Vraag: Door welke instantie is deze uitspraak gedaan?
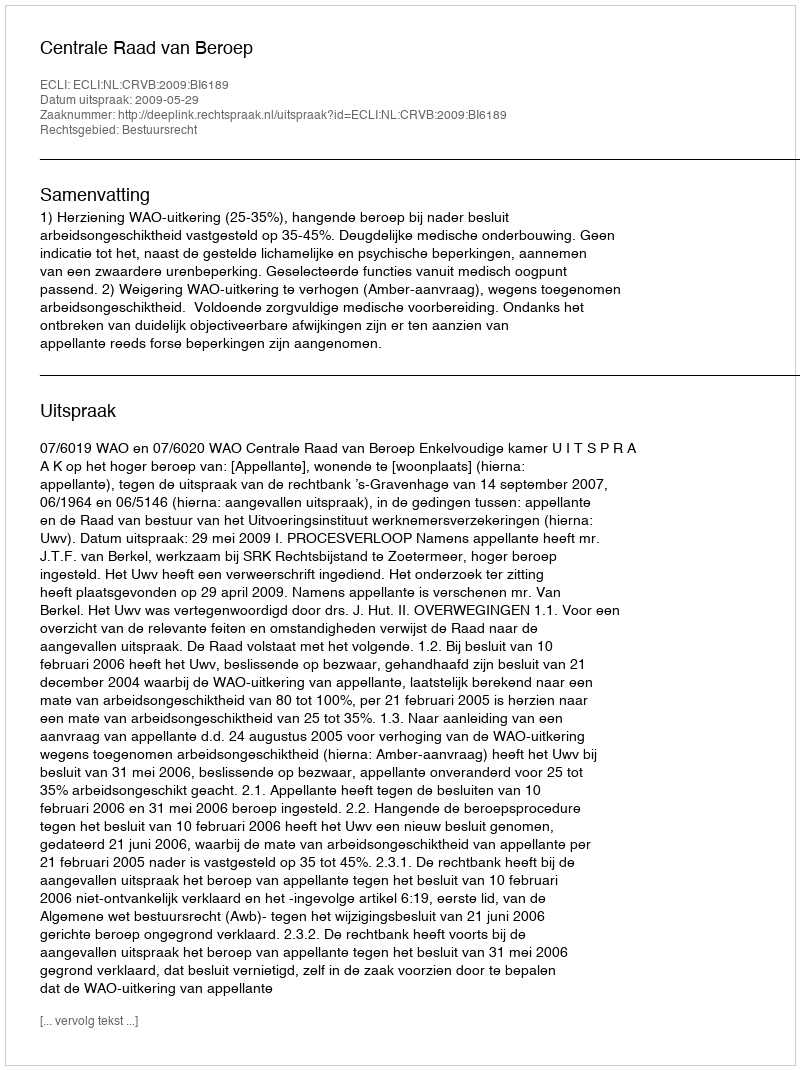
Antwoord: Centrale Raad van Beroep